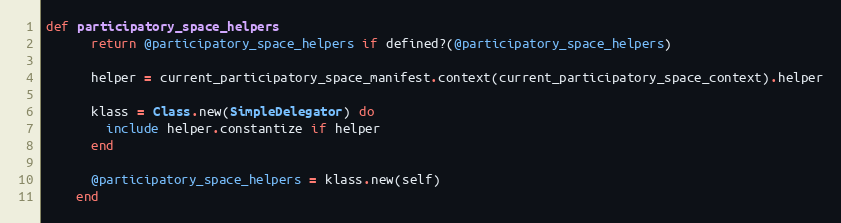
Language: Ruby
def participatory_space_helpers
      return @participatory_space_helpers if defined?(@participatory_space_helpers)

      helper = current_participatory_space_manifest.context(current_participatory_space_context).helper

      klass = Class.new(SimpleDelegator) do
        include helper.constantize if helper
      end

      @participatory_space_helpers = klass.new(self)
    end